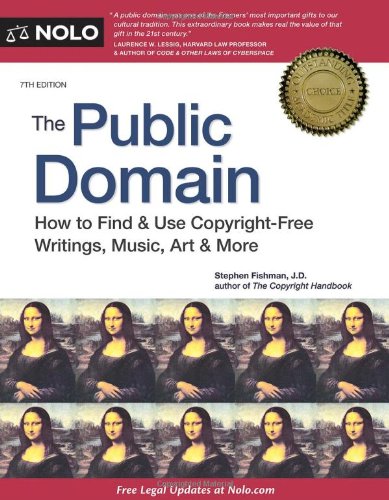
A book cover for The Public Domain: How to Find & Use Copyright-Free Writings, Music, Art & More; Stephen Fishman; Law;